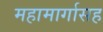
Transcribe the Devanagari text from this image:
महामार्गासह